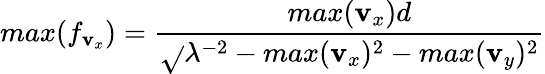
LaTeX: max(f_{\mathbf{v}_{x}})=\frac{{max(\mathbf{v}_{x})d}}{{\sqrt{}{{\lambda^{-2}-max(\mathbf{v}_{x})^{2}-max(\mathbf{v}_{y})^{2}}}}}